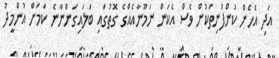
އަދި އެހެން ކުންފުނިތަކުން ވެސް އެކަން ނަމޫނާއެއްގެ ގޮތުގައި ބަލައިގަންނާނެ ކަމަށް އުންމީދު